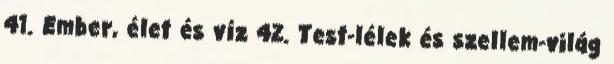
41. Ember, élet és víz 42. Test-lélek és szellem-világ